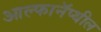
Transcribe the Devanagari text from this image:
आल्फानॅप्थील